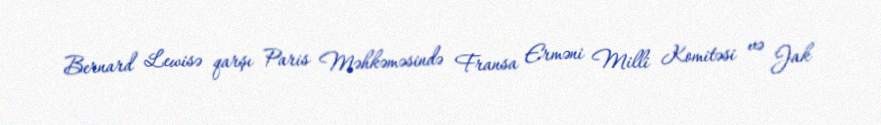
Bernard Lewisə qarşı Paris Məhkəməsində Fransa Erməni Milli Komitəsi və Jak